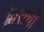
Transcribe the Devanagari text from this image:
द्वारांची